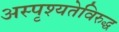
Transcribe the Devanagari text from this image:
अस्पृश्यतेविरुद्ध